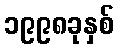
၁၉၉၈ခုနှစ်